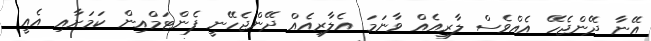
އޭނާ ދޭންޖެހޭ އެއްވެސް ލާރިއެއް ވާނަމަ އެލާރިއެއް ދޭންޖެހޭނީ ފެންޓަމްއިން ކަމަށާއި އެއީ